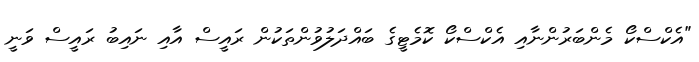
"އެކްސްކޯ މެންބަރުންނާއި އެކްސްކޯ ކޮމެޓީގެ ބައްދަލުވުންތަކުން ރައީސް އާއި ނައިބު ރައީސް ވަނީ